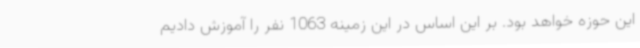
این حوزه خواهد بود. بر این اساس در این زمینه 1063 نفر را آموزش دادیم